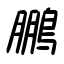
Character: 鵬